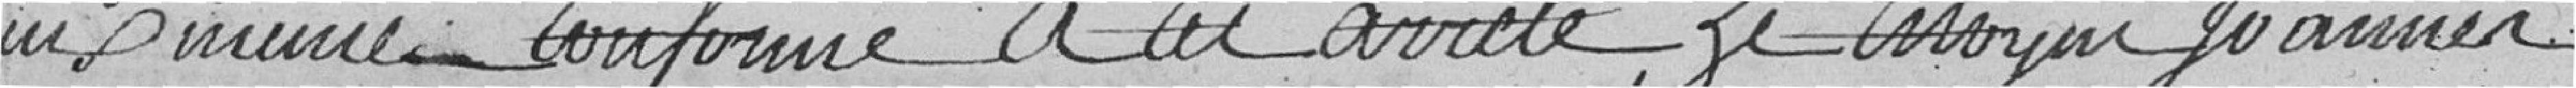
eux même- conformé à cet arrêté, le citoyen joannes